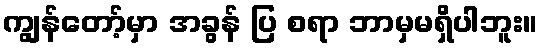
ကျွန်တော့်မှာ အခွန် ပြ စရာ ဘာမှမရှိပါဘူး။